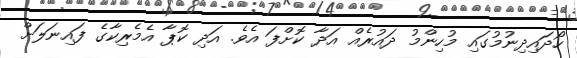
ހޯދައިދިނުމުގައި މުހިންމު ދައުރެއް އަދާ ކޮށްފަ އެވެ. އަދި ކޮޕާ އެމެރިކާގެ ފައިނަލަށް